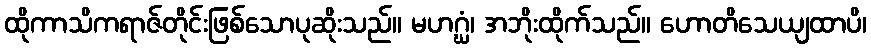
ထိုကာသိကရာဇ်တိုင်းဖြစ်သောပုဆိုးသည်။ မဟဂ္ဃံ၊ အဘိုးထိုက်သည်။ ဟောတိသေယျထာပိ၊